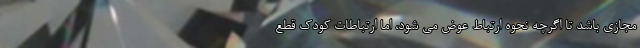
مجازی باشد تا اگرچه نحوه ارتباط عوض می شود، اما ارتباطات کودک قطع